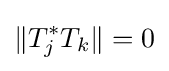
\Vert T_{j}^{\ast }T_{k}\Vert =0